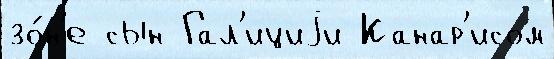
зо́н'е сын Гал'ициjи Канар'исом